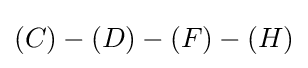
(C)-(D)-(F)-(H)